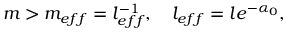
m > m _ { e f f } = l _ { e f f } ^ { - 1 } , \quad l _ { e f f } = l e ^ { - \alpha _ { 0 } } ,